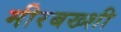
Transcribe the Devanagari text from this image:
मीरबख्शी